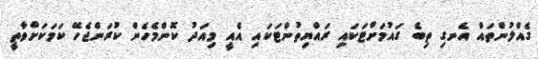
ގެއްލުންތައް އެނގި ތިބެ ގައުމަށްޓަކައި ރައްޔިތުންޓަކައި އެއީ މިއަދު ކޮންމެހެން ކުރަންޖެހޭ ކަމަކަށްވާތީ